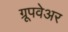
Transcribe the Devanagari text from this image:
ग्रूपवेअर